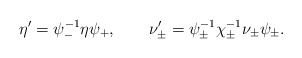
\begin{align*}\eta' = \psi_-^{-1} \eta \psi_+, \qquad \nu'_\pm = \psi_\pm^{-1}\chi_\pm^{-1} \nu_\pm \psi_\pm. \end{align*}